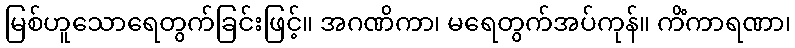
မြစ်ဟူသောရေတွက်ခြင်းဖြင့်။ အဂဏိကာ၊ မရေတွက်အပ်ကုန်။ ကိံကာရဏာ၊